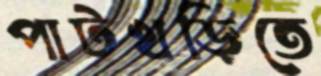
পাটখড়িতে